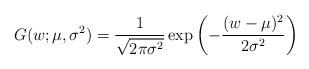
LaTeX: \begin{align*} G(w;\mu,\sigma^2) = \frac{1}{\sqrt{2\pi \sigma^2}} \exp\left( - \frac{(w-\mu)^2}{2 \sigma^2} \right)\end{align*}